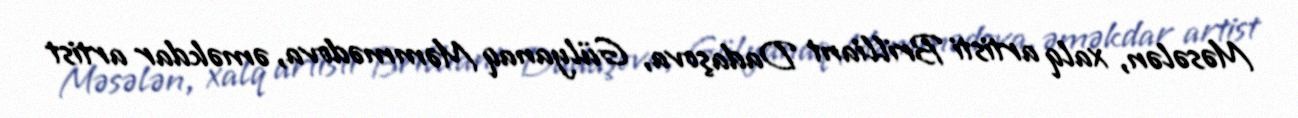
Məsələn, xalq artisti Brilliant Dadaşova, Gülyanaq Məmmədova, əməkdar artist